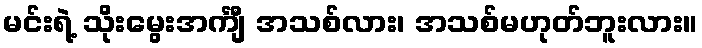
မင်းရဲ့ သိုးမွေးအင်္ကျီ အသစ်လား၊ အသစ်မဟုတ်ဘူးလား။